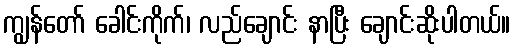
ကျွန်တော် ခေါင်းကိုက်၊ လည်ချောင်း နာပြီး ချောင်းဆိုးပါတယ်။